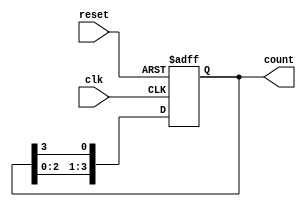
module ring_counter #(
    parameter n = 4  // Number of flip-flops
)(
    input wire clk,   // Clock input
    input wire reset, // Asynchronous reset
    output reg [n-1:0] count // Current state of the counter
);

// Initialize the counter to a specific state
initial begin
    count = 1; // Starting with the first flip-flop set to '1'
end

always @(posedge clk or posedge reset) begin
    if (reset) begin
        count <= 1; // Reset to the initial state (100...0)
    end else begin
        // Shift the '1' to the next flip-flop
        count <= {count[n-2:0], count[n-1]}; // Shift left
    end
end

endmodule